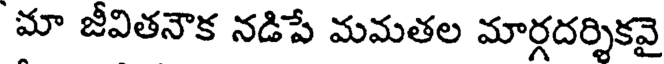
మా జీవితనౌక నడిపే మమతల మార్గదర్శికవై